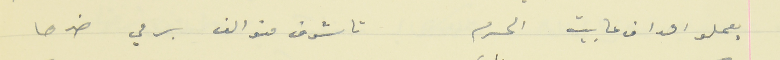
يعملو اهداف عا َبيت الحرم                                تا شوف منو الف برمي ضدها